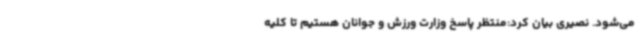
می‌شود. نصیری بیان کرد:منتظر پاسخ وزارت ورزش و جوانان هستیم تا کلیه